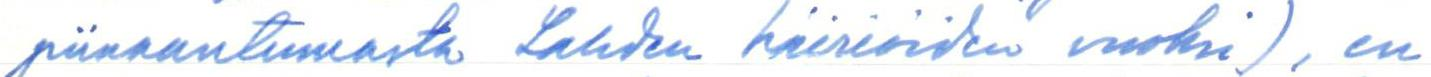
piinaantumasta Lahden häiriöiden vuoksi), en